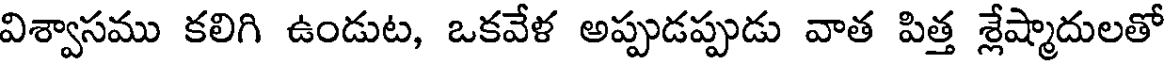
విశ్వాసము కలిగి ఉండుట, ఒకవేళ అప్పుడప్పుడు వాత పిత్త శ్లేష్మాదులతో